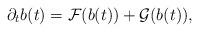
LaTeX: \begin{align*}\partial _{t}b(t)=\mathcal{F}(b(t))+\mathcal{G}(b(t)), \end{align*}